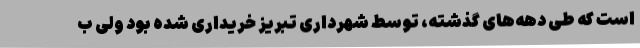
است که طی دهه‌های گذشته، توسط شهرداری تبریز خریداری شده بود ولی ب